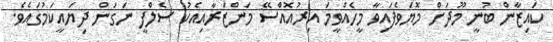
ކައިޒާން ބުނީ މޫދަށް މޮޔަވެފައިވާ މީހެއްވީމަ އިރުއޮއްސޭ މަންޒަރާއިއެކު ސެލްފީ ނަގަން ދިޔައީކަމުގައެވެ.